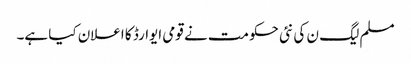
مسلم لیگ ن کی نئی حکومت نے قومی ایوارڈ کا اعلان کیا ہے۔